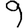
Digit: 9